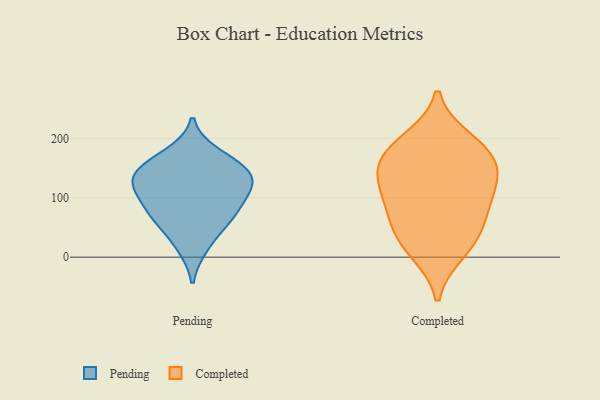
{"axis": {"x": "Website Visitors", "y": "Value"}, "legend": ["Completed", "Pending"], "data": [{"x": "", "y": 76, "type": "Pending"}, {"x": "", "y": 106, "type": "Pending"}, {"x": "", "y": 135, "type": "Pending"}, {"x": "", "y": 153, "type": "Pending"}, {"x": "", "y": 73, "type": "Pending"}, {"x": "", "y": 173, "type": "Pending"}, {"x": "", "y": 18, "type": "Pending"}, {"x": "", "y": 58, "type": "Pending"}, {"x": "", "y": 116, "type": "Pending"}, {"x": "", "y": 146, "type": "Pending"}, {"x": "", "y": 127, "type": "Pending"}, {"x": "", "y": 27, "type": "Completed"}, {"x": "", "y": 52, "type": "Completed"}, {"x": "", "y": 99, "type": "Completed"}, {"x": "", "y": 178, "type": "Completed"}, {"x": "", "y": 172, "type": "Completed"}, {"x": "", "y": 196, "type": "Completed"}, {"x": "", "y": 74, "type": "Completed"}, {"x": "", "y": 10, "type": "Completed"}, {"x": "", "y": 123, "type": "Completed"}, {"x": "", "y": 153, "type": "Completed"}, {"x": "", "y": 128, "type": "Completed"}]}